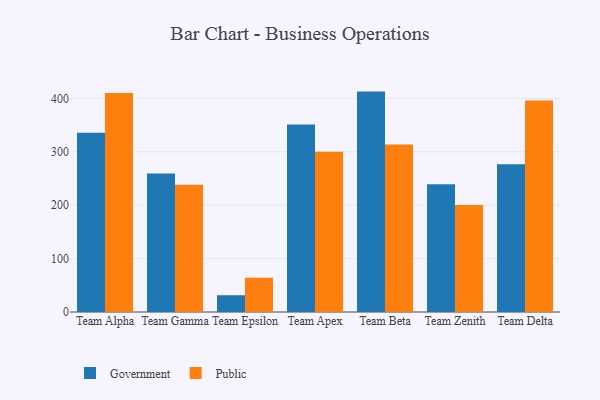
{"axis": {"x": "Team", "y": "Temperature (°C)"}, "legend": ["Government", "Public"], "data": [{"x": "Team Alpha", "y": 335.7, "type": "Government"}, {"x": "Team Alpha", "y": 410.2, "type": "Public"}, {"x": "Team Gamma", "y": 259.4, "type": "Government"}, {"x": "Team Gamma", "y": 238.2, "type": "Public"}, {"x": "Team Epsilon", "y": 31.4, "type": "Government"}, {"x": "Team Epsilon", "y": 64.2, "type": "Public"}, {"x": "Team Apex", "y": 351.0, "type": "Government"}, {"x": "Team Apex", "y": 300.1, "type": "Public"}, {"x": "Team Beta", "y": 412.6, "type": "Government"}, {"x": "Team Beta", "y": 313.6, "type": "Public"}, {"x": "Team Zenith", "y": 239.0, "type": "Government"}, {"x": "Team Zenith", "y": 200.2, "type": "Public"}, {"x": "Team Delta", "y": 276.5, "type": "Government"}, {"x": "Team Delta", "y": 395.9, "type": "Public"}]}